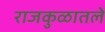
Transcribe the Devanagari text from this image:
राजकुळातले